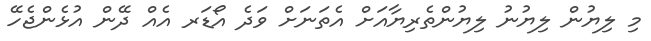
މި ލިޔުން ލިޔުނު ލިޔުންތެރިޔާއަށް އެތަނަށް ވަދެ އޯޑަރ އެއް ދޭން އުޅެންޖެހޭ